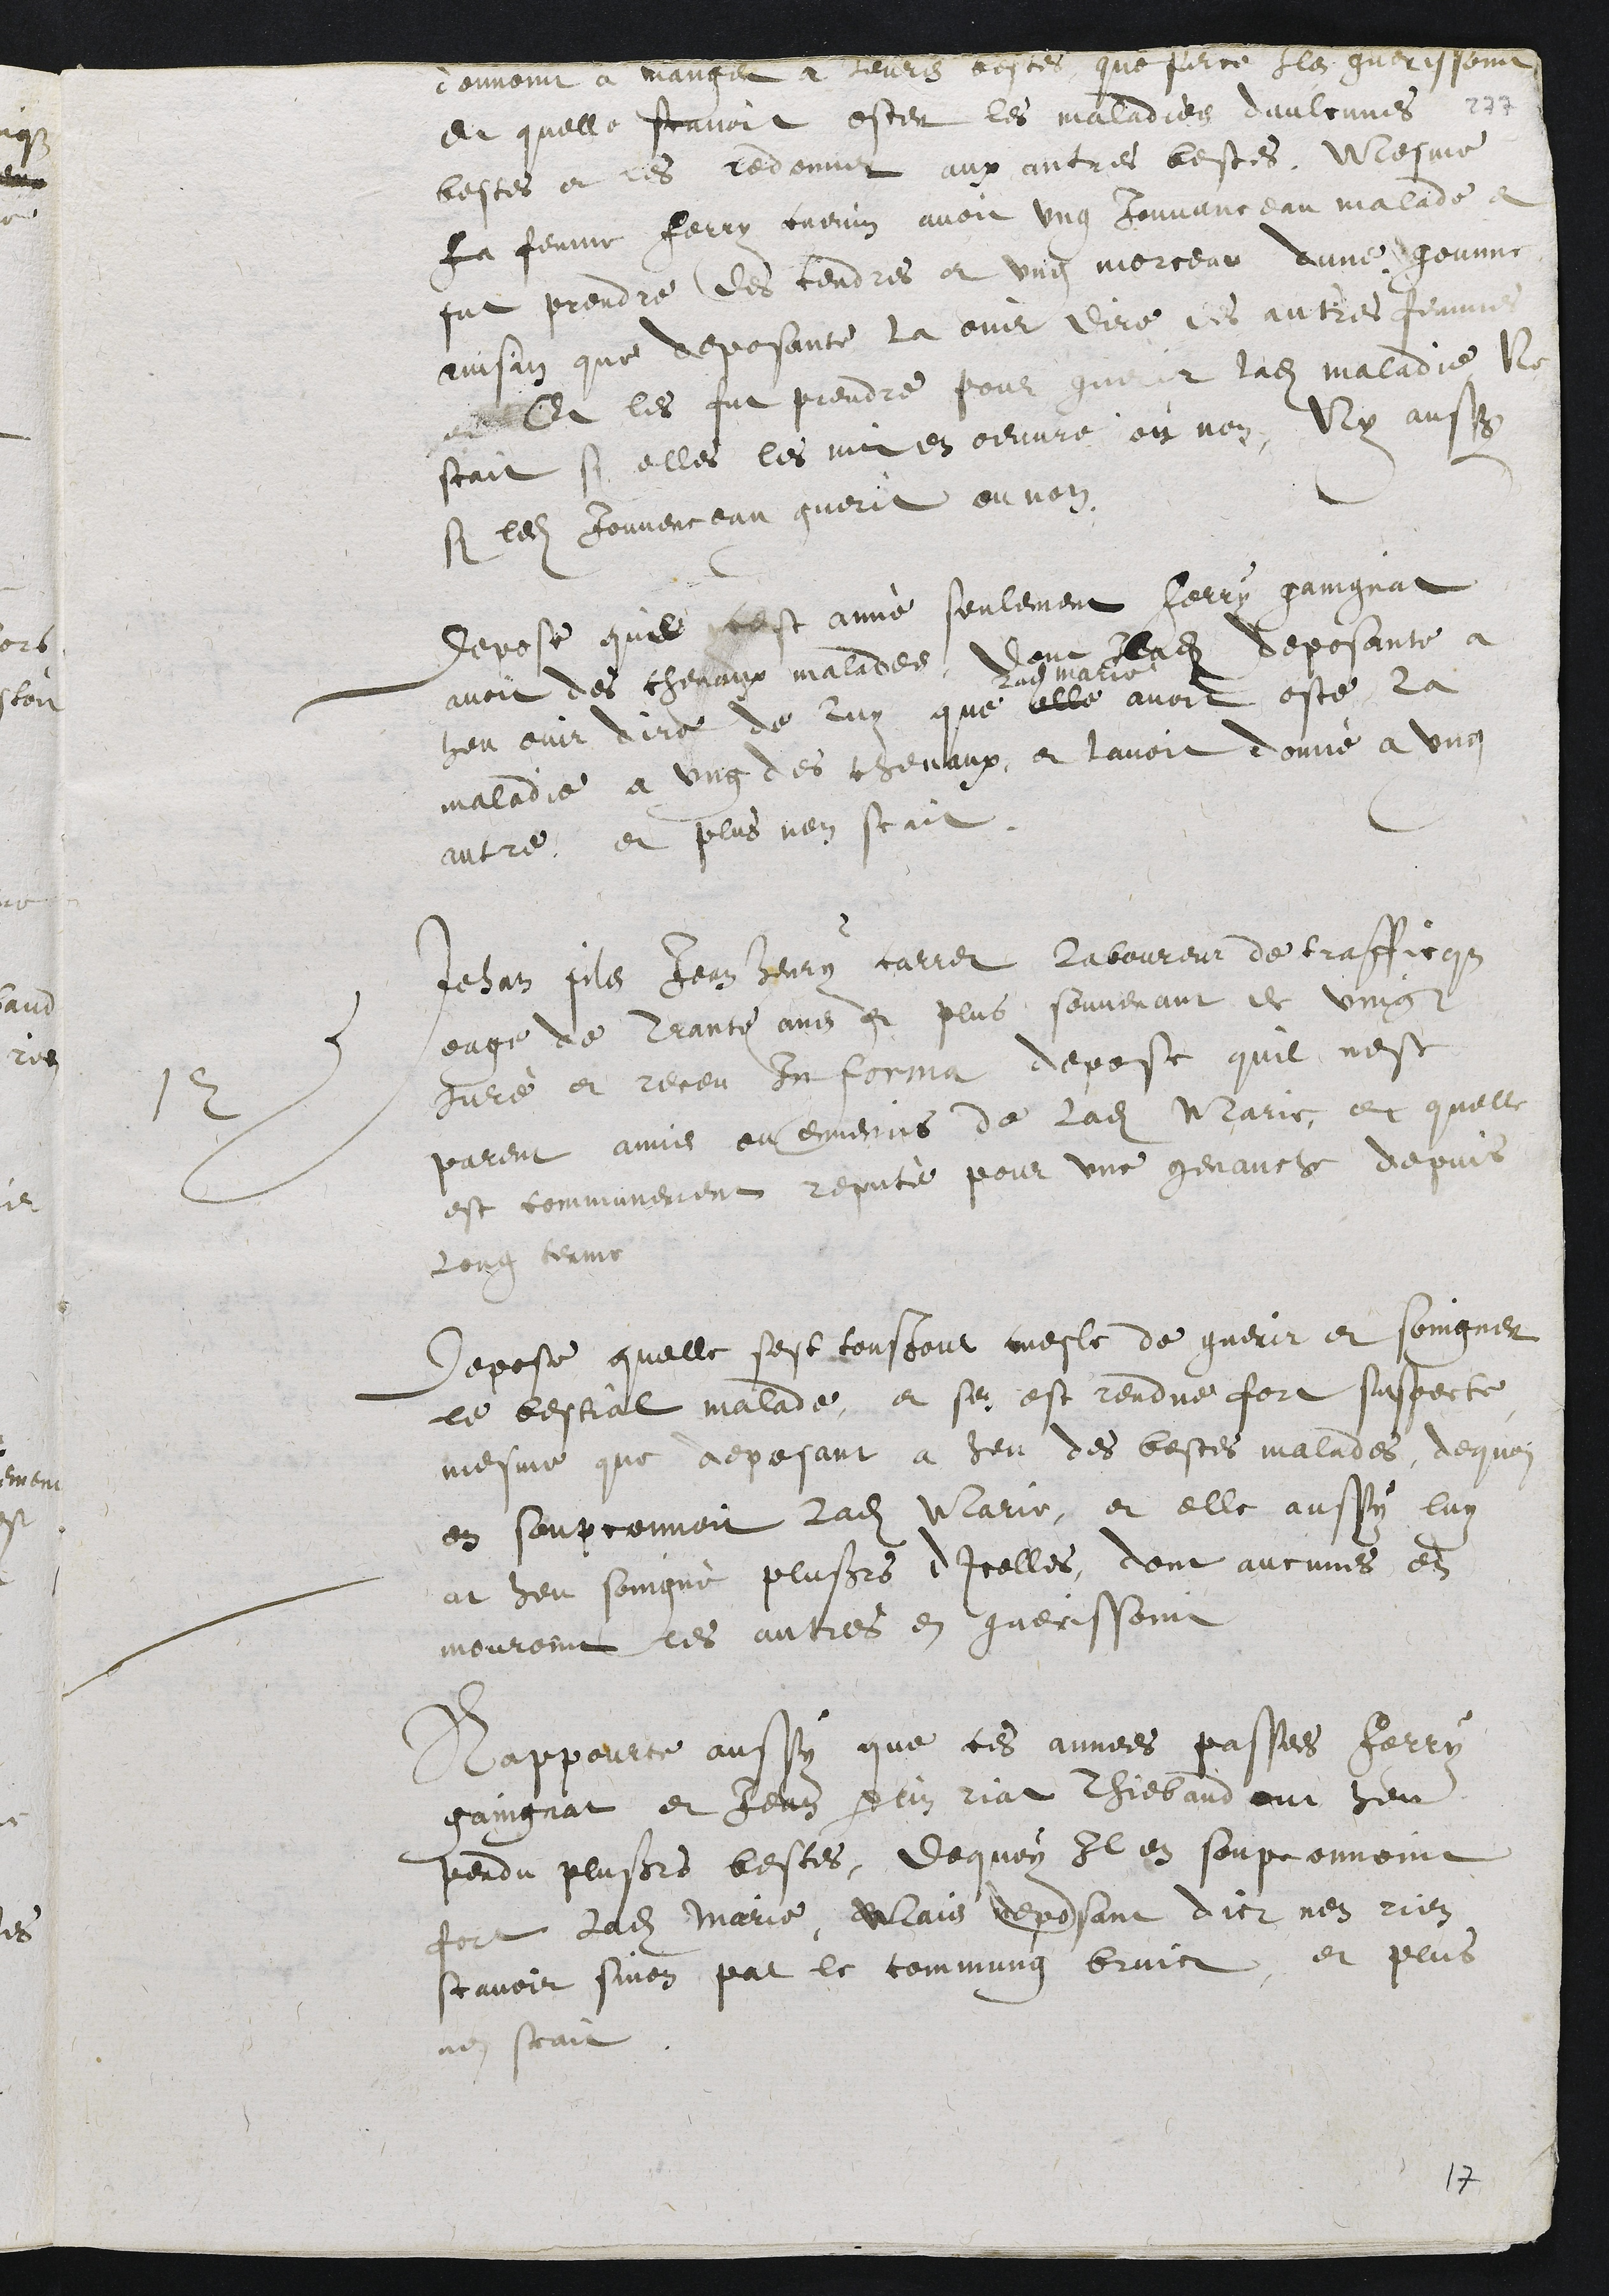
donnoint a manger a leurs bestes, que surce len guerissoint
et quelle scavoit oster les maladies daulcunes
bestes et les redonner aux autres bestes. Mesme
la femme ferry cuenin avoit ung Jouvanceau malade et
put prendre des cendres et ung morceau dune gounne
ainsin que deposante la ouir dire des autres femmes
??? Et les fut prendre pour guerir ladite maladie Ne
scait si elles les mit en œuvre ou non, Ny aussi
si ledit jouvenceau guerit ou non.
Depose que cest anne seulement ferry gaingnat
avoit des chevaux malades, dont ladite deposante a
heu ouir dire de luy que elle
ladite Marie
avoit oste la
maladie a ung des chevaux, et lavoit donné a ung
autre. et plus nen scait.
12 Jehan filz Jean Henry carret laboureur de trafficque
eage de trante ans et plus souvenant de vingt
juré et receu In forma depose quil nest
parent amis ou ennemis de ladite Marie, et quelle
est communement reputé pour une genauche depuis
long terme.
Depose quelle sest tousjour mesle de guerir et soingner
le bestial malade, et sen est rendue fort suspecte
mesme que deposant a heu des bestes malades, dequoi
on soupconnoit ladite Marie, et elle aussy luy
at heu soingné plusieurs dicelles, dont aucunes en
mouroint les autres en guerissoint.
Rappourte aussy que ces annees passes ferry
gaingnat et Jean perrinn riat Thiebaud ont heu
perdu plusieurs bestes, dequoy Il en soupconnoint
fort ladite marie, Mais deposant dict nen rien
scavoir sinon par le commung bruict, et plus
nen scait.